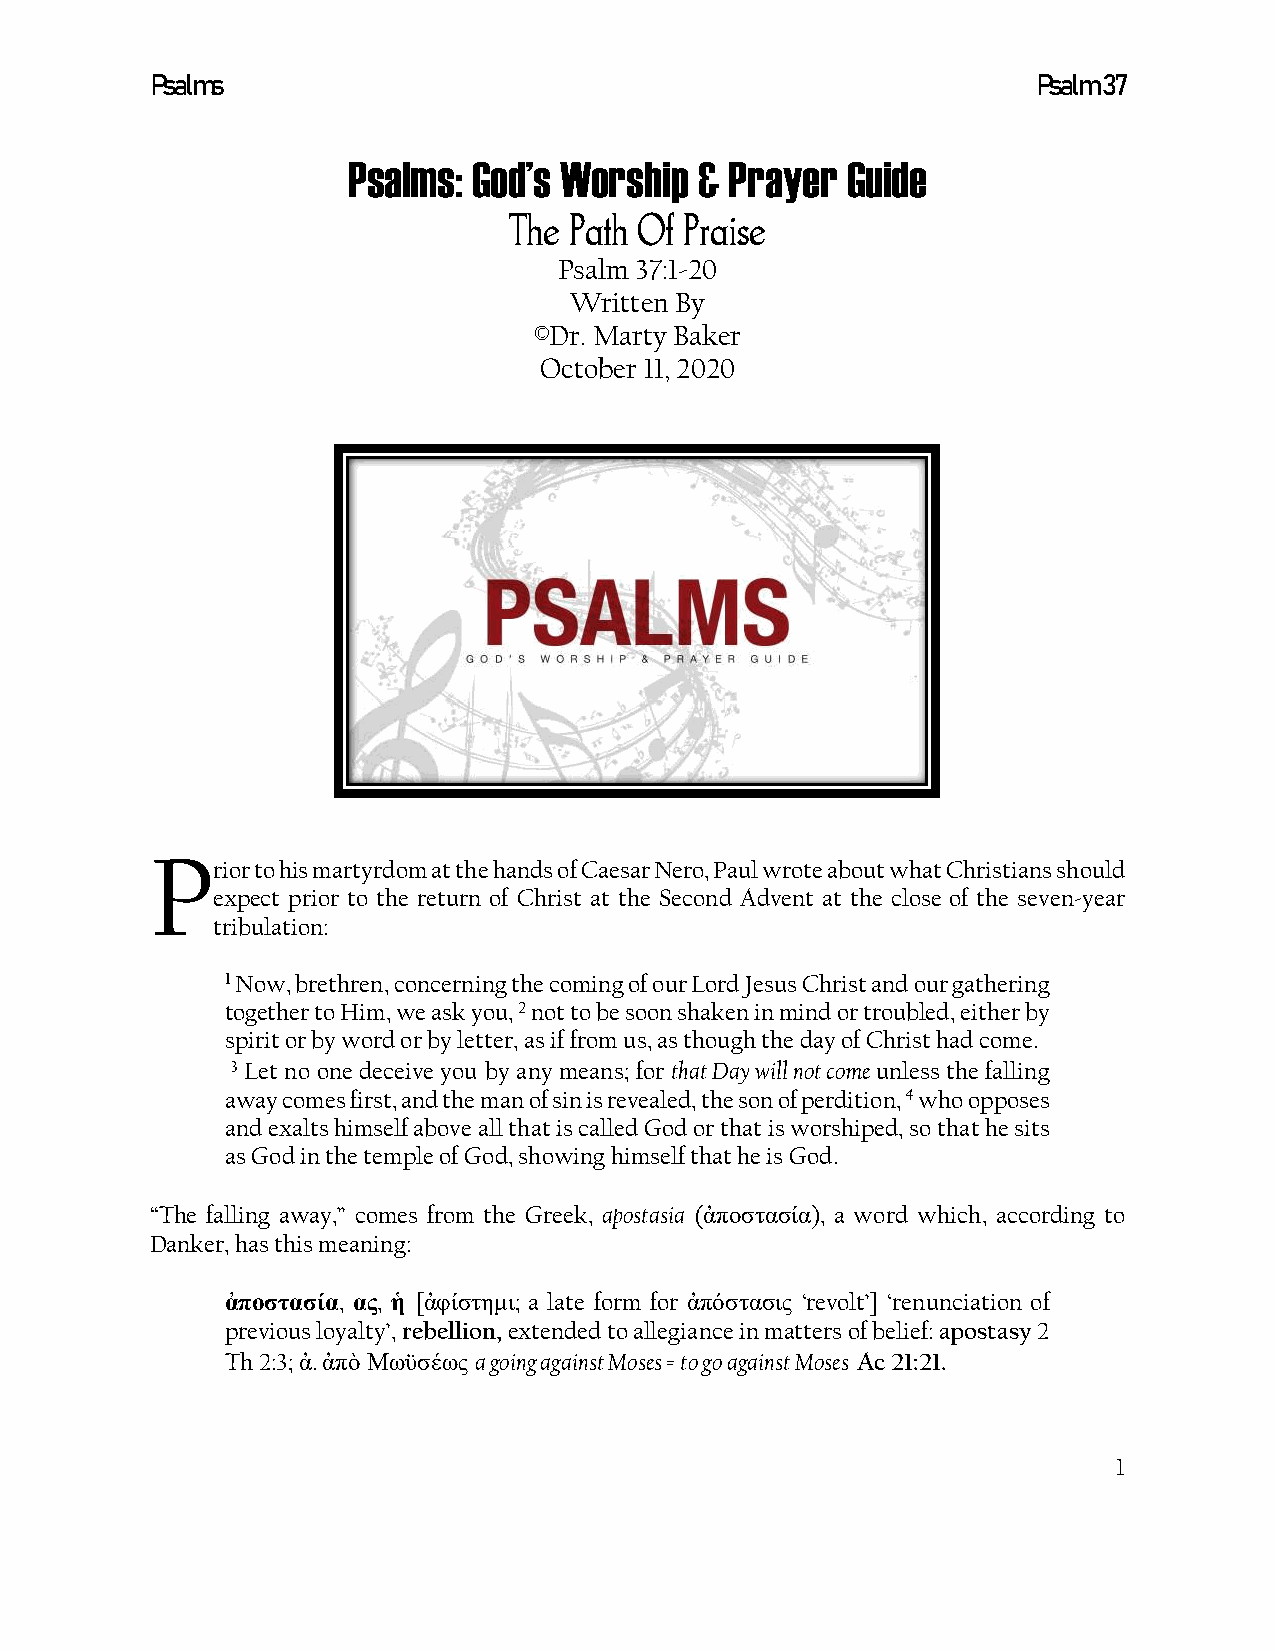
Psalms                                                     Psalm 37
 Psalms: God’s Worship  & Prayer  Guide
 The Path Of Praise
 Psalm 37:1-20
 Written By
 ©Dr. Marty Baker
 October 11, 2020
 P
 rior to his martyrdom at the hands of Caesar Nero, Paul wrote about what Christians should
 expect prior to the return of Christ at the Second Advent at the close of the seven-year
 tribulation:
 1 Now, brethren, concerning the coming of our Lord Jesus Christ and our gathering
 together to Him, we ask you, 2 not to be soon shaken in mind or troubled, either by
 spirit or by word or by letter, as if from us, as though the day of Christ had come.
 3 Let no one deceive you by any means; for that Day will not come unless the falling
 away comes first, and the man of sin is revealed, the son of perdition, 4 who opposes
 and exalts himself above all that is called God or that is worshiped, so that he sits
 as God in the temple of God, showing himself that he is God.
 “The falling away,” comes from the Greek, apostasia (ἀποστασία), a word which, according to
 Danker, has this meaning:
 ἀποστασία, ας, ἡ [ἀφίστημι; a late form for ἀπόστασις ‘revolt’] ‘renunciation of
 previous loyalty’, rebellion, extended to allegiance in matters of belief: apostasy 2
 Th 2:3; ἀ. ἀπὸ Μωϋσέως a going against Moses = to go against Moses Ac 21:21.
 1